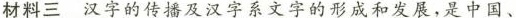
材料三 汉字的传播及汉字系文字的形成和发展,是中国、